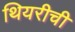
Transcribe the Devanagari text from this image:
थियरीची